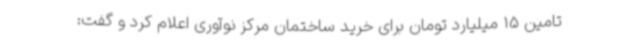
تامین 15 میلیارد تومان برای خرید ساختمان مرکز نوآوری اعلام کرد و گفت: